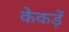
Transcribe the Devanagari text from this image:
केकड़ें